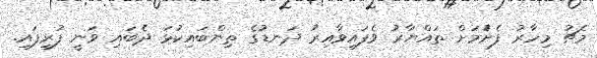
މެޗު މިހާރު ފެށެުމަށް ތައްޔާރު ވެފައިވާއިރު ދަނޑުގެ ތިންބައިކުޅަ ދެބައި ވަނީ ފުރިފައި.